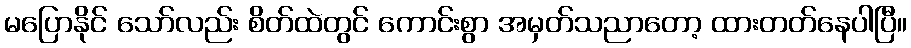
မပြောနိုင် သော်လည်း စိတ်ထဲတွင် ကောင်းစွာ အမှတ်သညာတော့ ထားတတ်နေပါပြီ။